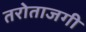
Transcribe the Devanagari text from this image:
तरोताजगी